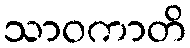
သာဝကာတိ